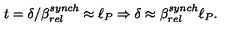
t = \delta / \beta _ { r e l } ^ { s y n c h } \approx \ell _ { P } \Rightarrow \delta \approx \beta _ { r e l } ^ { s y n c h } \ell _ { P } .